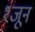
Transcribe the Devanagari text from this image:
१जून